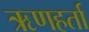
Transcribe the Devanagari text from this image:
ऋणहर्ता